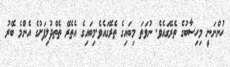
ހުންނަނީ މިހިސާބުގެ ތެރޭގައެވެ. ނުވަތަ މިބައިގެ ތެރޭގައެވެ.މިބައިގެ އެތެރޭ ތެތްދުލިފަށުގެ އެންމެ ބޭރު